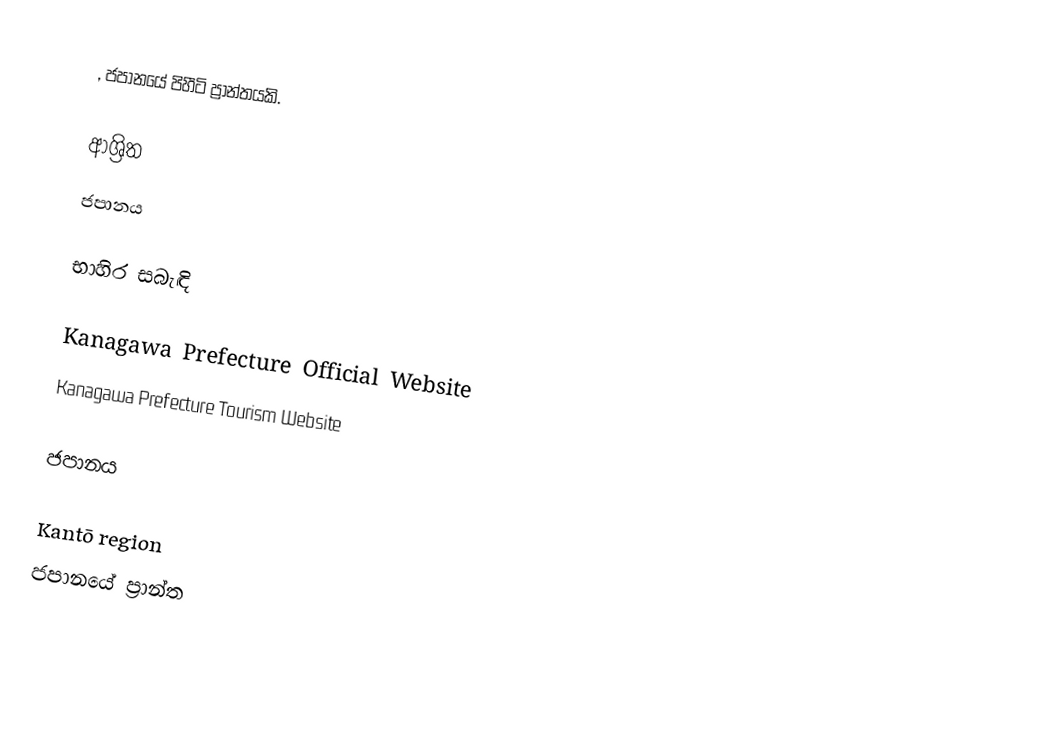
, ජපානයේ පිහීටි ප්‍රාන්තයකි.

ආශ්‍රිත
 ජපානය

භාහිර සබැඳි

Kanagawa Prefecture Official Website
Kanagawa Prefecture Tourism Website

ජපානය

Kantō region
ජපානයේ ප්‍රාන්ත